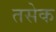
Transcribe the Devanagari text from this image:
तसेक